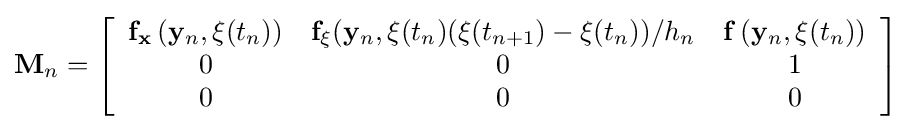
\mathbf {M} _{n}=\left[{\begin{array}{ccc}\mathbf {f} _{\mathbf {x} }\left(\mathbf {y} _{n},\mathbf {\xi } (t_{n})\right)&\mathbf {f} _{\mathbf {\xi } }(\mathbf {y} _{n},\mathbf {\xi } (t_{n})(\mathbf {\xi } (t_{n+1})-\mathbf {\xi } (t_{n}))/h_{n}&\mathbf {f} \left(\mathbf {y} _{n},\mathbf {\xi } (t_{n})\right)\\0&0&1\\0&0&0\end{array}}\right]